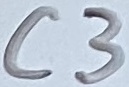
Text: C3